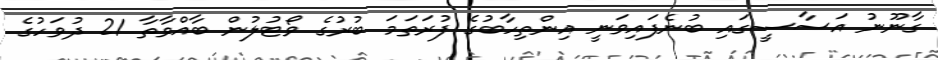
ގާނޫނު އަސާސީގައި ބުނެފައިވަނީ އިންތިހާބުގެ ފުރަތަމަ ބުރުގެ ވޯޓުލުން ބާއްވާތާ 21 ދުވަހުގެ